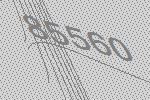
85560